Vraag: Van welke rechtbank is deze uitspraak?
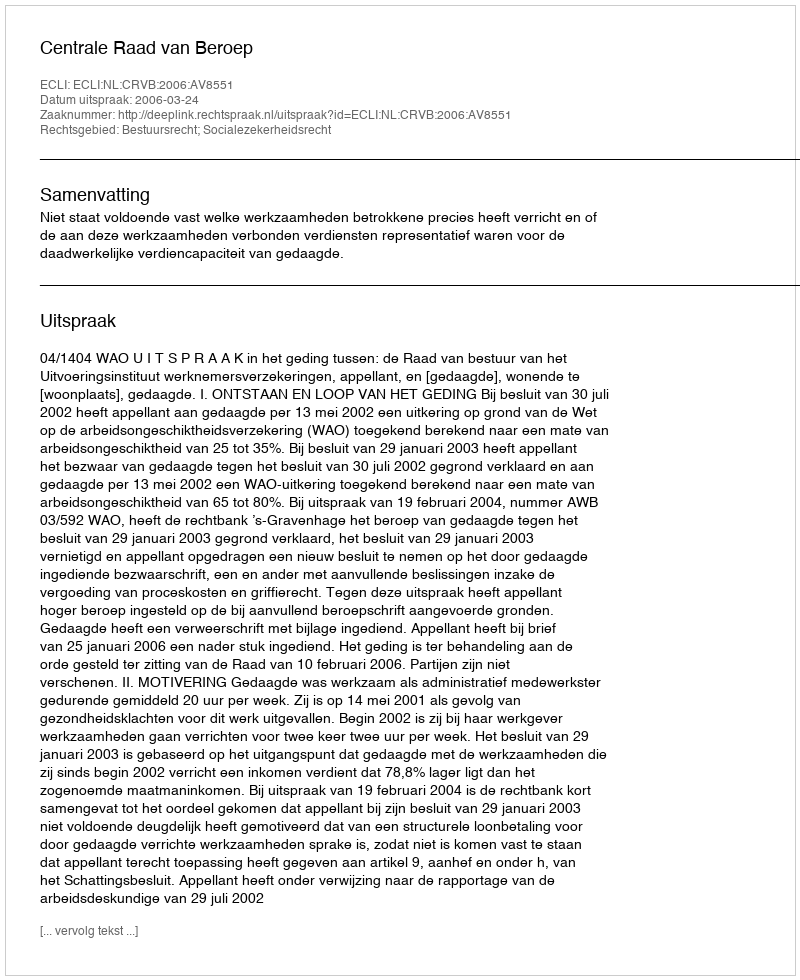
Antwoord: Centrale Raad van Beroep